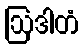
ဩဒါတံ